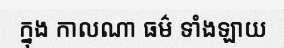
ក្នុង កាលណា ធម៌ ទាំងឡាយ